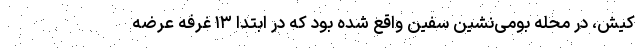
کیش، در محله بومی‌نشین سفین واقع شده بود که در ابتدا ۱۳ غرفه عرضه